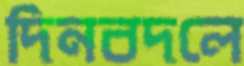
দিনবদলে